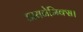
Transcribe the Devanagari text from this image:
डायनेमिक्स।